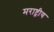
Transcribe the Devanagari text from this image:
मराष्ट्रीय